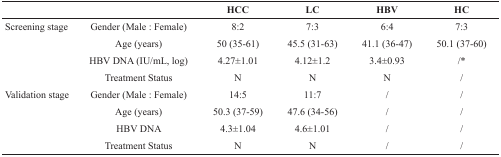
<table><thead><tr><td></td><td></td><td><b>HCC</b></td><td><b>LC</b></td><td><b>HBV</b></td><td><b>HC</b></td></tr></thead><tbody><tr><td>Screening stage</td><td>Gender (Male : Female)</td><td>8:2</td><td>7:3</td><td>6:4</td><td>7:3</td></tr><tr><td></td><td>Age (years)</td><td>50 (35-61)</td><td>45.5 (31-63)</td><td>41.1 (36-47)</td><td>50.1 (37-60)</td></tr><tr><td></td><td>HBV DNA (IU/mL, log)</td><td>4.27±1.01</td><td>4.12±1.2</td><td>3.4±0.93</td><td>/*</td></tr><tr><td></td><td>Treatment Status</td><td>N</td><td>N</td><td>N</td><td>/</td></tr><tr><td>Validation stage</td><td>Gender (Male : Female)</td><td>14:5</td><td>11:7</td><td>/</td><td>/</td></tr><tr><td></td><td>Age (years)</td><td>50.3 (37-59)</td><td>47.6 (34-56)</td><td>/</td><td>/</td></tr><tr><td></td><td>HBV DNA</td><td>4.3±1.04</td><td>4.6±1.01</td><td>/</td><td>/</td></tr><tr><td></td><td>Treatment Status</td><td>N</td><td>N</td><td>/</td><td>/</td></tr></tbody></table>